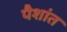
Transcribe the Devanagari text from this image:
पैशांत